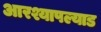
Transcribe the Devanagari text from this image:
आरश्यापल्याड